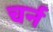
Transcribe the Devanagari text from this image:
चर्न